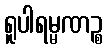
ရူပါရမ္မဏဉ္စ